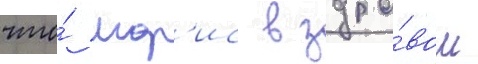
что́ мор'ис в здра́вом